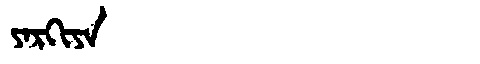
Manchu: ᠶᠠᡵᡴᡳᠶᠠ
Romanization: YARKIYA